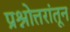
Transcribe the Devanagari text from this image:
प्रश्नोत्तरांतून